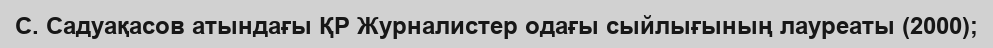
С. Садуақасов атындағы ҚР Журналистер одағы сыйлығының лауреаты (2000);